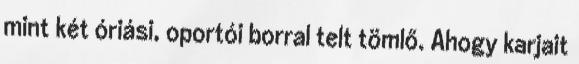
mint két óriási, oportói borral telt tömlő. Ahogy karjait